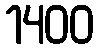
1400